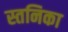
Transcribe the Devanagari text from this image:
स्तनिका